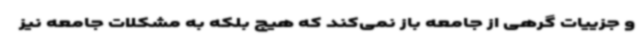
و جزییات گرهی از جامعه باز نمی‌کند که هیچ بلکه به مشکلات جامعه نیز